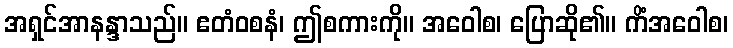
အရှင်အာနန္ဒာသည်။ ဧတံဝစနံ၊ ဤစကားကို။ အဝေါစ၊ ပြောဆို၏။ ကိံအဝေါစ၊